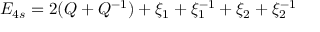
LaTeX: E _ { 4 s } = 2 ( Q + Q ^ { - 1 } ) + \xi _ { 1 } + \xi _ { 1 } ^ { - 1 } + \xi _ { 2 } + \xi _ { 2 } ^ { - 1 }